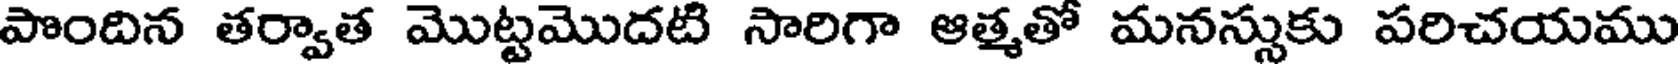
పొందిన తర్వాత మొట్టమొదటి సారిగా ఆత్మతో మనస్సుకు పరిచయము